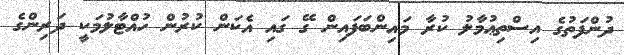
ދުންފަތުގެ އިސްތިޢުމާލު ކުރާ މައިންބަފައިން ގޭ ގައި އެކަން ކުރުން ހުއްޓާލުމަކީ ދަރިންގެ